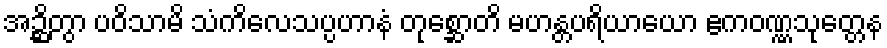
အဉ္ဆိတွာ ပဝိသာမိ သံကိလေသပ္ပဟာနံ တုစ္ဆောတိ မဟန္တပရိယာယော ဧကဝဏ္ဏသုတ္တေန